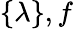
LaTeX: \{ \lambda\} ,f